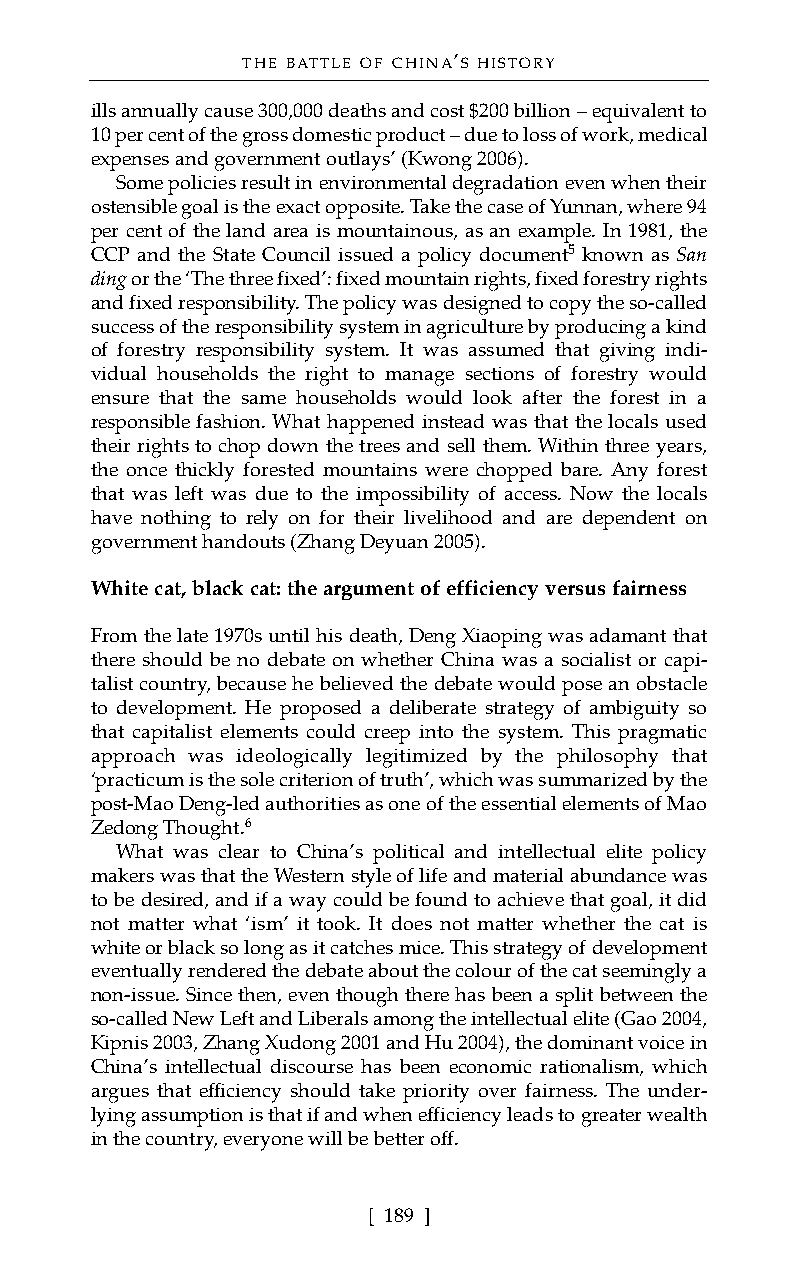
THE BATTLE OF CHINA’S HISTORY
 ills annually cause 300,000 deaths and cost $200 billion – equivalent to
 10 per cent of the gross domestic product – due to loss of work, medical
 expenses and government outlays’ (Kwong 2006).
 Some policies result in environmental degradation even when their
 ostensible goal is the exact opposite. Take the case of Yunnan, where 94
 per cent of the land area is mountainous, as an example. In 1981, the
 CCP and the State Council issued a policy document5 known as San
 ding or the ‘The three fixed’: fixed mountain rights, fixed forestry rights
 and fixed responsibility. The policy was designed to copy the so-called
 success of the responsibility system in agriculture by producing a kind
 of forestry responsibility system. It was assumed that giving indi-
 vidual households the right to manage sections of forestry would
 ensure that the same households would look after the forest in a
 responsible fashion. What happened instead was that the locals used
 their rights to chop down the trees and sell them. Within three years,
 the once thickly forested mountains were chopped bare. Any forest
 that was left was due to the impossibility of access. Now the locals
 have nothing to rely on for their livelihood and are dependent on
 government handouts (Zhang Deyuan 2005).
 White cat, black cat: the argument of efficiency versus fairness
 From the late 1970s until his death, Deng Xiaoping was adamant that
 there should be no debate on whether China was a socialist or capi-
 talist country, because he believed the debate would pose an obstacle
 to development. He proposed a deliberate strategy of ambiguity so
 that capitalist elements could creep into the system. This pragmatic
 approach was ideologically legitimized by the philosophy that
 ‘practicum is the sole criterion of truth’, which was summarized by the
 post-Mao Deng-led authorities as one of the essential elements of Mao
 Zedong Thought.6
 What was clear to China’s political and intellectual elite policy
 makers was that the Western style of life and material abundance was
 to be desired, and if a way could be found to achieve that goal, it did
 not matter what ‘ism’ it took. It does not matter whether the cat is
 white or black so long as it catches mice. This strategy of development
 eventually rendered the debate about the colour of the cat seemingly a
 non-issue. Since then, even though there has been a split between the
 so-called New Left and Liberals among the intellectual elite (Gao 2004,
 Kipnis 2003, Zhang Xudong 2001 and Hu 2004), the dominant voice in
 China’s intellectual discourse has been economic rationalism, which
 argues that efficiency should take priority over fairness. The under-
 lying assumption is that if and when efficiency leads to greater wealth
 in the country, everyone will be better off.
 [ 189 ]